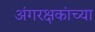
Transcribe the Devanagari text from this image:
अंगरक्षकांच्या